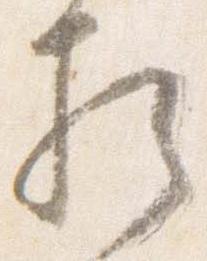
相